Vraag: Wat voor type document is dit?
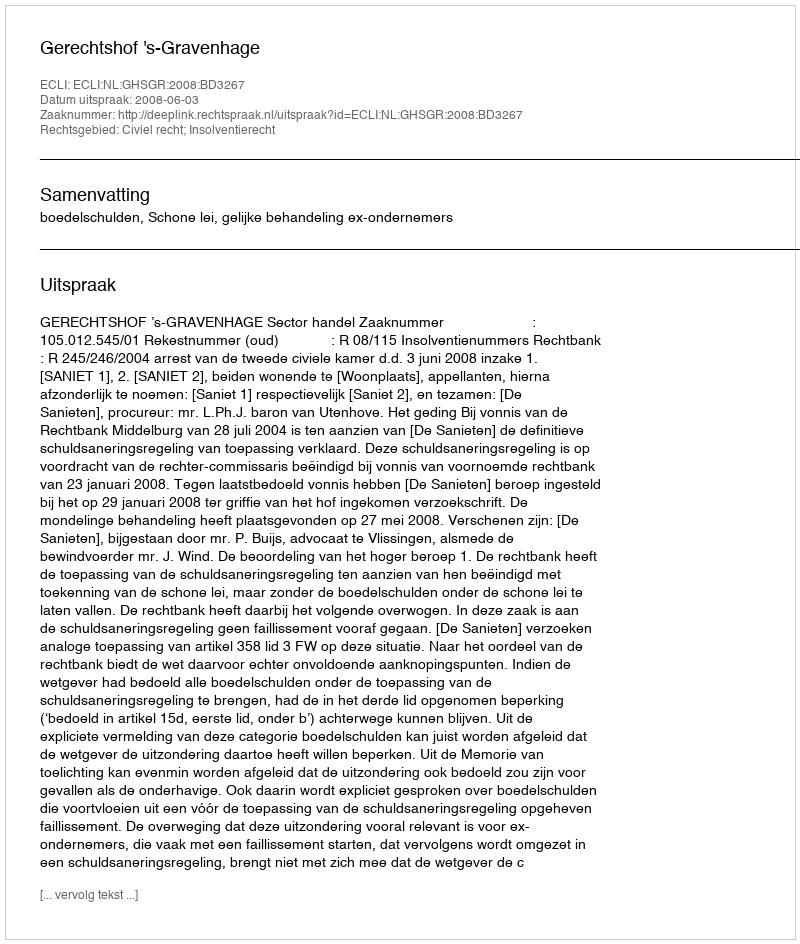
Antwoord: Uitspraak